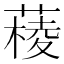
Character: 𦼊